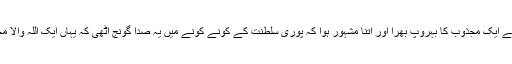
بہروپیے نے ایک مجذوب کا بہروپ بھرا اور اتنا مشہور ہوا کہ پوری سلطنت کے کونے کونے میں یہ صدا گونج اٹھی کہ یہاں ایک اللہ والا مجذوب ہے۔